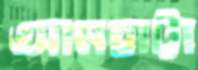
আমহাট্টা